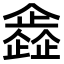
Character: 𠐰